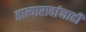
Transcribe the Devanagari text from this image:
तात्यारावांनाही